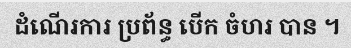
ដំណើរការ ប្រព័ន្ធ បើក ចំហរ បាន ។